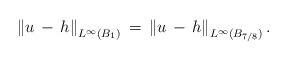
LaTeX: \begin{align*}\left\|u\,-\,h\right\|_{L^\infty(B_1)}\,=\,\left\|u\,-\,h\right\|_{L^\infty(B_{7/8})}.\end{align*}